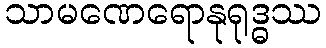
သာမဏေရောနုရုဒ္ဓဿ